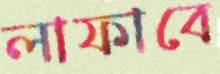
লাফাবে